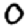
Digit: 0